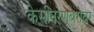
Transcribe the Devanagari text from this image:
केसीनरेणूबरोबर